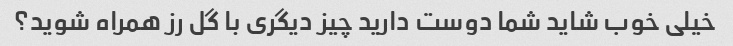
خیلی خوب شاید شما دوست دارید چیز دیگری با گل رز همراه شوید؟